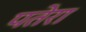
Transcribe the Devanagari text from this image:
पतेरा